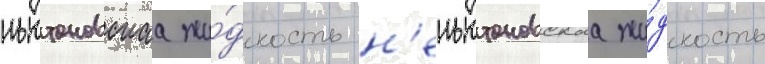
ньютоновскаа жи́дкость н'еньютоновскаа жи́дкость